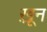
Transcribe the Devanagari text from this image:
ख़़ून